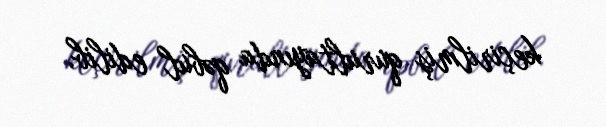
keçirilmiş qurultayında qəbul edilib.